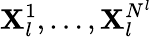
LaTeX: \mathbf{X}_{l}^{1},\dots,\mathbf{X}_{l}^{N^{l}}